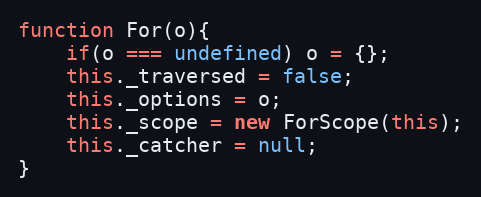
Language: JavaScript
function For(o){
	if(o === undefined) o = {};
	this._traversed = false;
	this._options = o;
	this._scope = new ForScope(this);
	this._catcher = null;
}